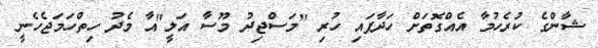
ޝާންގެ ކުރެހުމާ އެއްގޮތަށް ހަދާފައި ހުރި "މަސްޖިދު މޫސާ އަލީ"އާ މެދު ހިތްހަމަޖެހެނީ